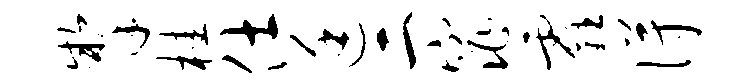
掣桂仕廷二窕霾得